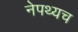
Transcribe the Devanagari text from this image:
नेपथ्यच